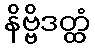
နိဗ္ဗိဒတ္ထံ